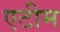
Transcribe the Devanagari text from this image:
एटीम